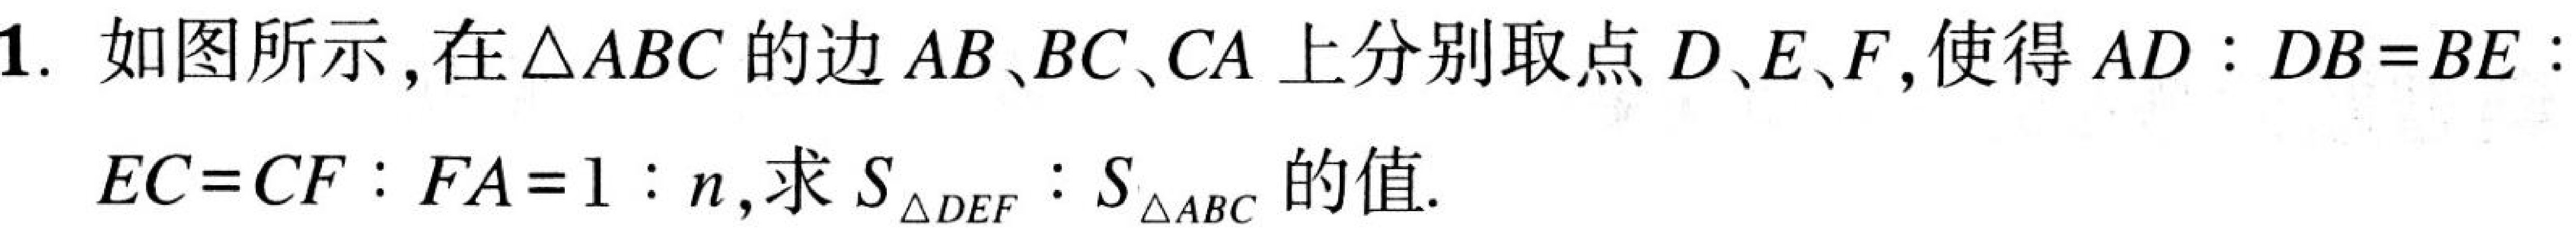
1. 如图所示，在\(\triangle ABC\)的边\(AB、BC、CA\)上分别取点\(D、E、F\)，使得\(AD:DB = BE:\)
\(EC=CF:FA = 1:n\)，求\(S_{\triangle DEF}:S_{\triangle ABC}\)的值.